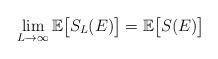
LaTeX: \begin{align*}\lim_{L\to\infty} \mathbb{E}\big[S_{L}(E)\big] = \mathbb{E}\big[S(E)\big]\end{align*}